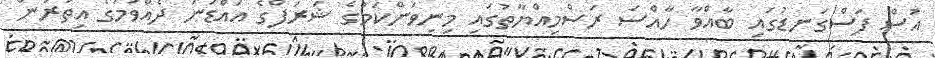
އުސް ފަސްގަނޑުގައި ބާއްވާ ހާއްސަ ރަސްމިއްޔާތުގައި މިނިވަންކަމުގެ ޝަރަފްގެ އައްޑަނަ ދެއްވުމުގެ އިތުރުން